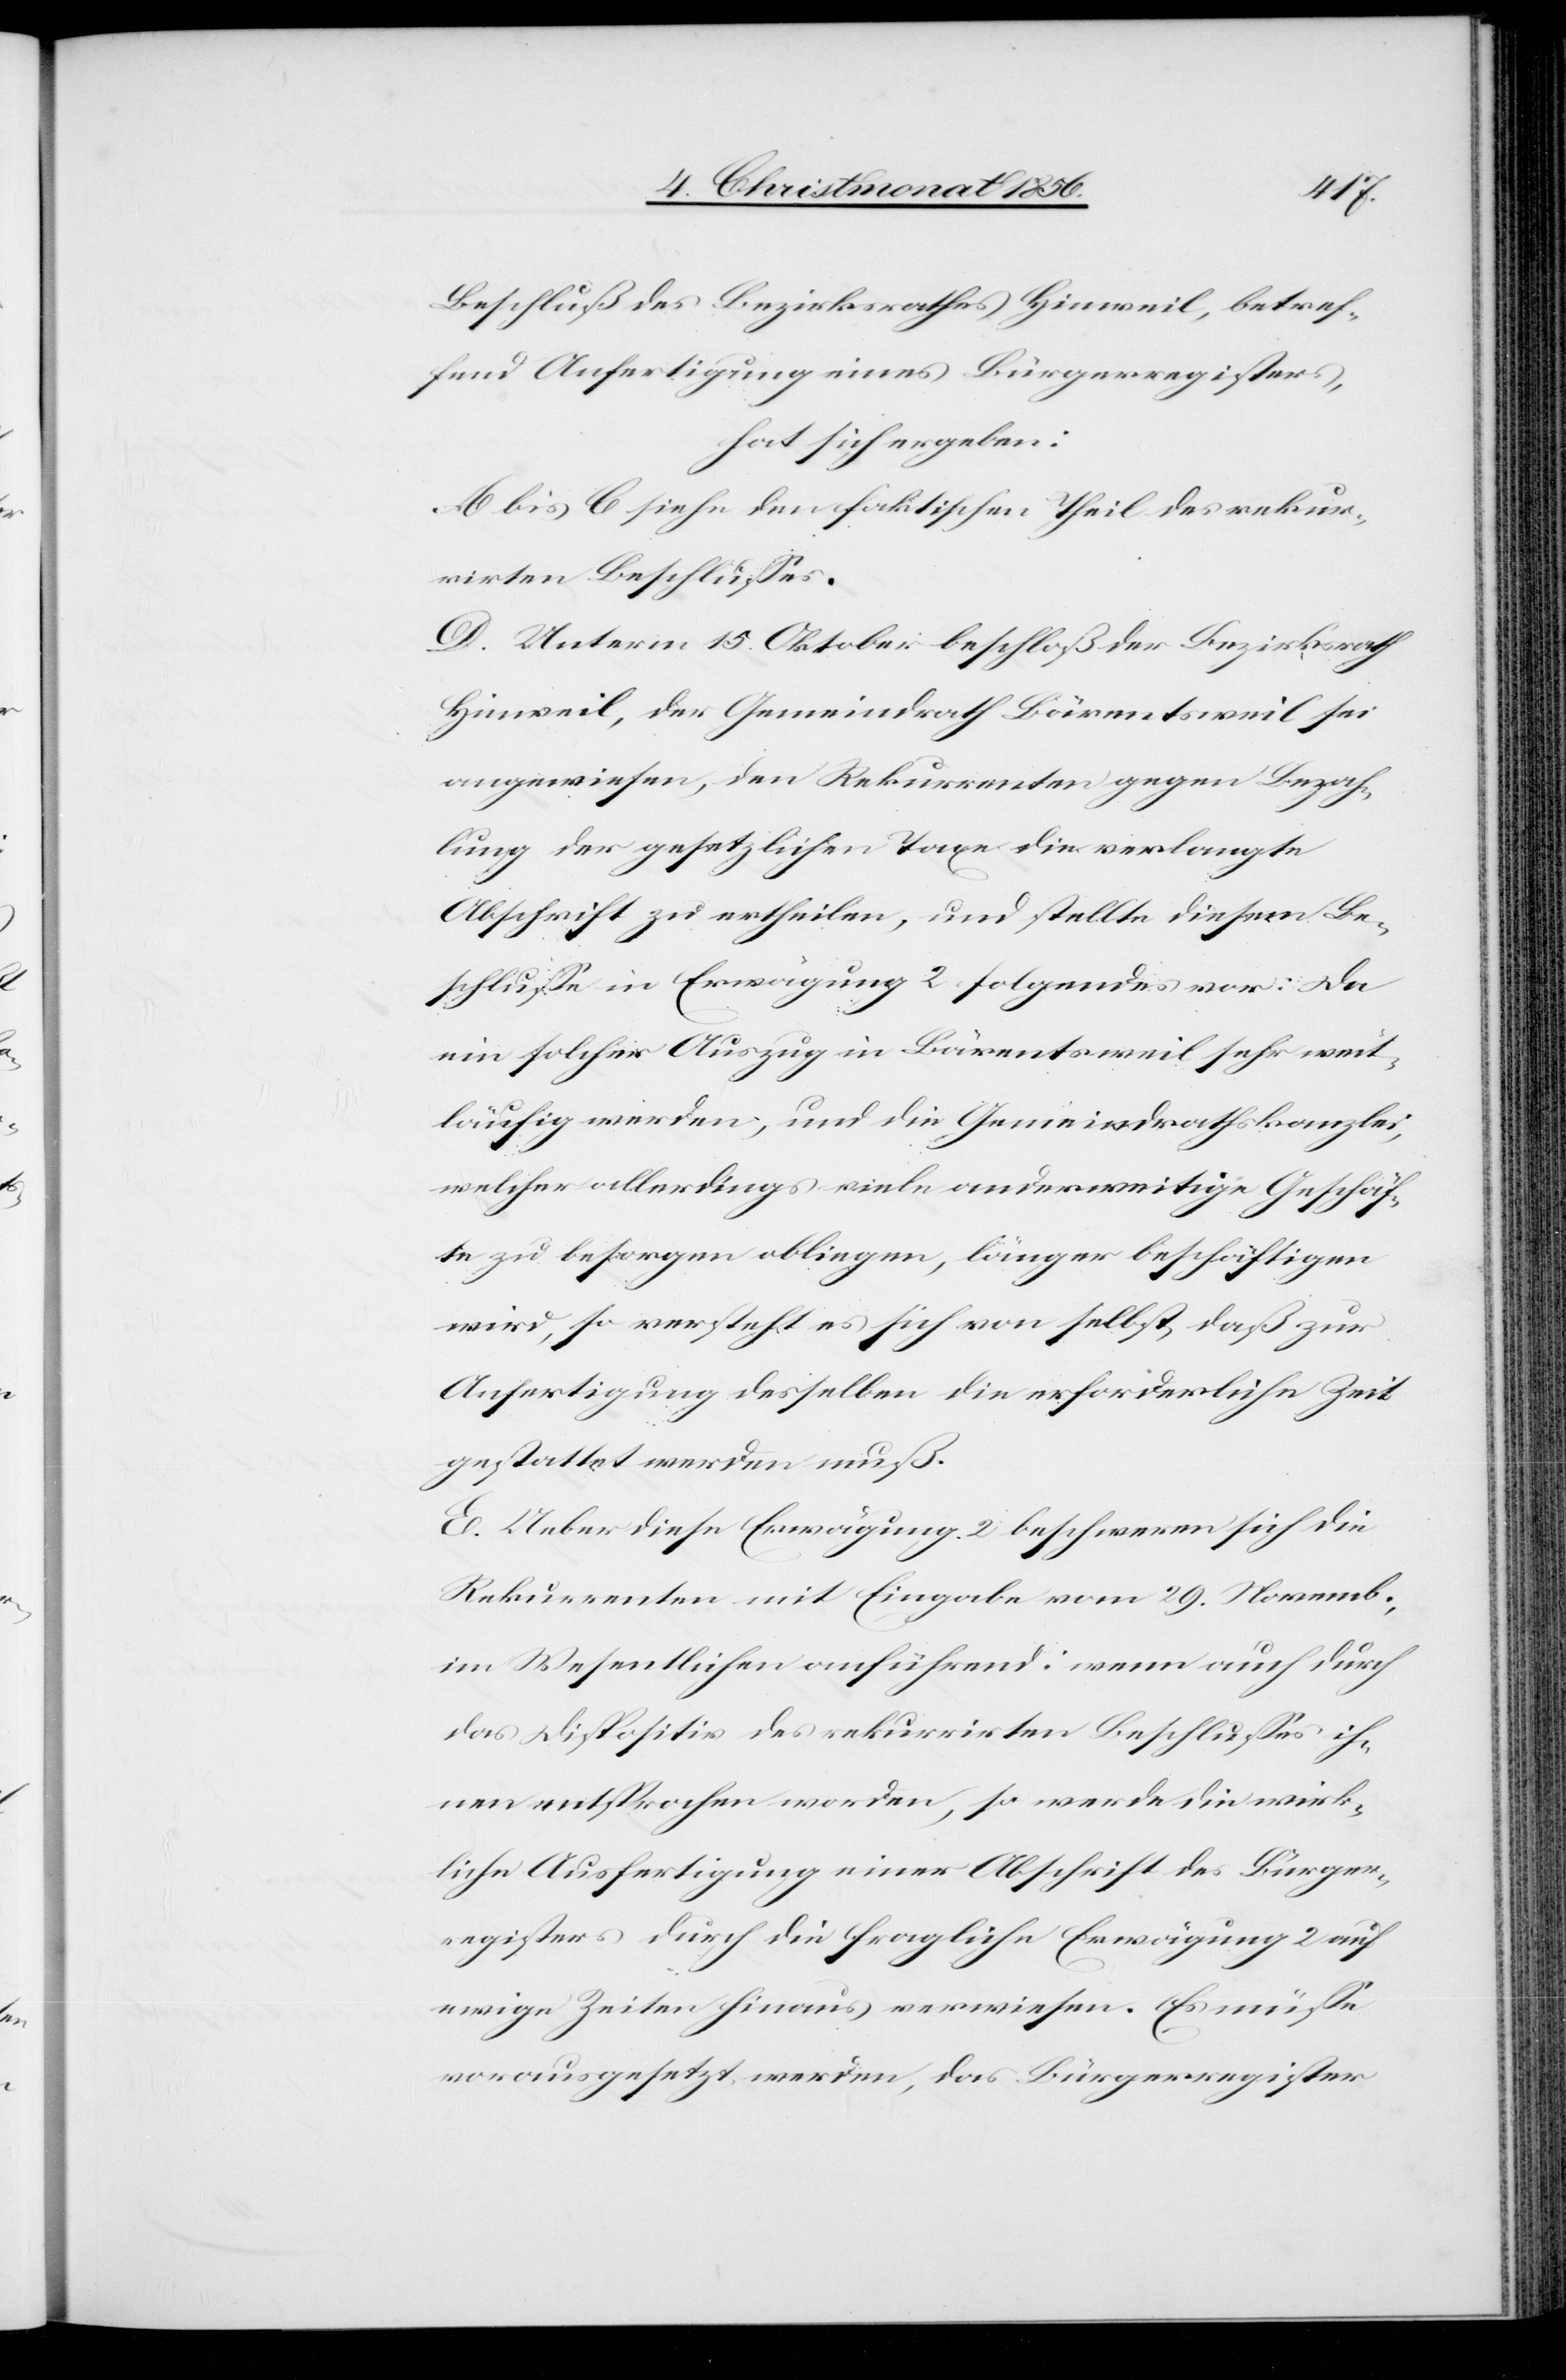
Beschluß des Bezirksrathes Hinweil, betref¬
fend Anfertigung eines Bürgerregisters,
hat sich ergeben:
A. bis C. siehe den faktischen Theil des rekur¬
rirten Beschlusses.
D. Unterm 15. Oktober beschloß der Bezirksrath
Hinweil, der Gemeindrath Bärentsweil sei
angewiesen, den Rekurrenten gegen Bezah¬
lung der gesetzlichen Taxe die verlangte
Abschrift zu ertheilen, und stellte diesem Be¬
schlusse in Erwägung 2 folgendes vor: Da
ein solcher Auszug in Bärentsweil sehr weit¬
läufig werden, und die Gemeindrathskanzlei,
welcher allerdings viele anderweitige Geschäf¬
te zu besorgen obliegen, länger beschäftigen
wird, so versteht es sich von selbst, daß zur
Anfertigung desselben die erforderliche Zeit
gestattet werden muß.
E. Ueber diese Erwägung 2 beschweren sich die
Rekurrenten mit Eingabe vom 29. Novemb.,
im Wesentlichen anführend: wenn auch durch
das Dispositiv des rekurrirten Beschlusses ih¬
nen entsprochen worden, so werde die wirk¬
liche Ausfertigung einer Abschrift des Bürger¬
registers durch die fragliche Erwägung 2 auf
ewige Zeiten hinaus verwiesen. Es müsse
vorausgesetzt werden, das Bürgerregister